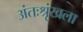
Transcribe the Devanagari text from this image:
अंतःश्रृंखला